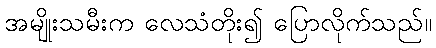
အမျိုးသမီးက လေသံတိုး၍ ပြောလိုက်သည်။